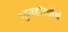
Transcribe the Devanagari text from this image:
गुप्तहरितीर्थ